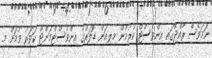
ނަމަވެސް ރާއްޖޭގައި އިންވެސްޓް ކުރުމުން މިލިއަން ޑޮލަރުގެ އިންވެސްޓްމަންޓް ކަވަރު ވުމަށް މި